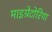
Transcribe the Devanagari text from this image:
माइग्रेटोरिया